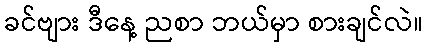
ခင်ဗျား ဒီနေ့ ညစာ ဘယ်မှာ စားချင်လဲ။